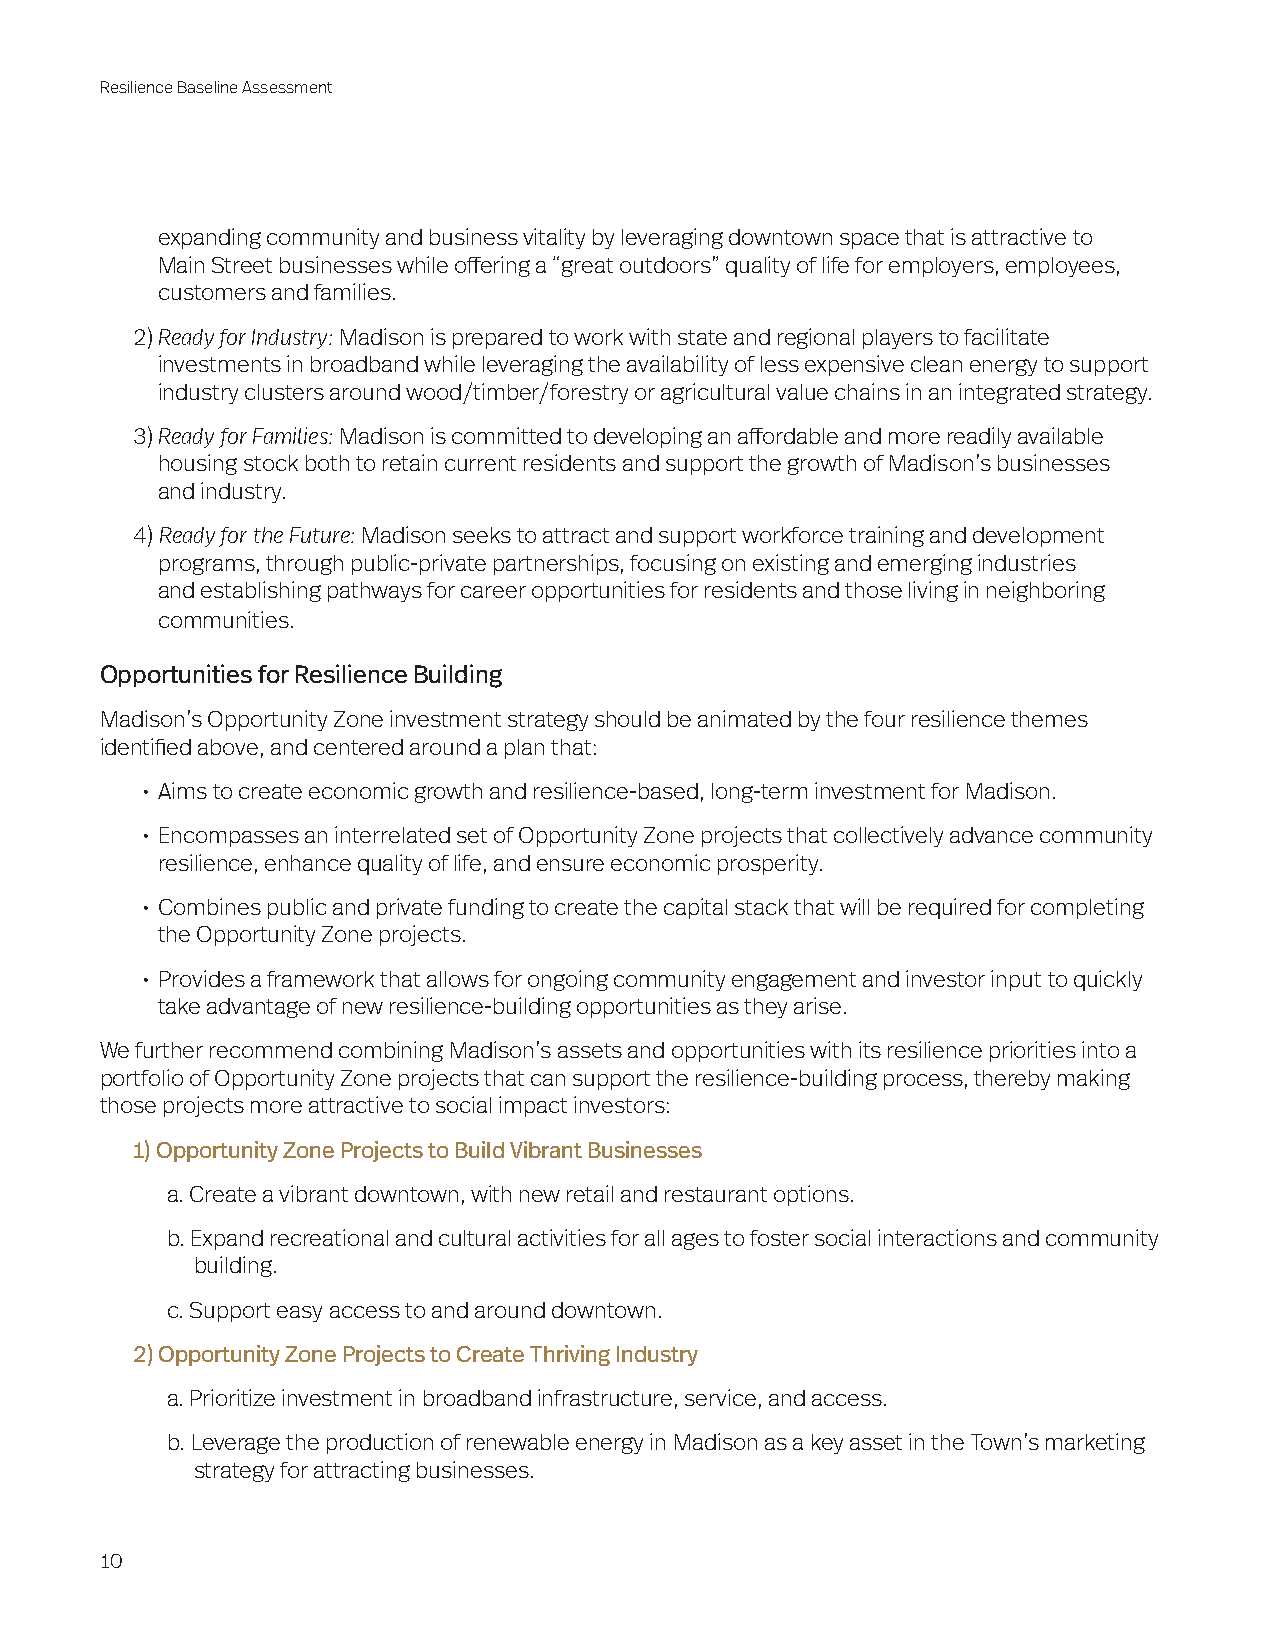
Resilience Baseline Assessment
 expanding community and business vitality by leveraging downtown space that is attractive to
 Main Street businesses while offering a “great outdoors” quality of life for employers, employees,
 customers and families.
 2) Ready for Industry: Madison is prepared to work with state and regional players to facilitate
 investments in broadband while leveraging the availability of less expensive clean energy to support
 industry clusters around wood/timber/forestry or agricultural value chains in an integrated strategy.
 3) Ready for Families: Madison is committed to developing an affordable and more readily available
 housing stock both to retain current residents and support the growth of Madison’s businesses
 and industry.
 4) Ready for the Future: Madison seeks to attract and support workforce training and development
 programs, through public-private partnerships, focusing on existing and emerging industries
 and establishing pathways for career opportunities for residents and those living in neighboring
 communities.
 Opportunities for Resilience Building
 Madison’s Opportunity Zone investment strategy should be animated by the four resilience themes
 identified above, and centered around a plan that:
 • Aims to create economic growth and resilience-based, long-term investment for Madison.
 • Encompasses an interrelated set of Opportunity Zone projects that collectively advance community
 resilience, enhance quality of life, and ensure economic prosperity.
 • Combines public and private funding to create the capital stack that will be required for completing
 the Opportunity Zone projects.
 • Provides a framework that allows for ongoing community engagement and investor input to quickly
 take advantage of new resilience-building opportunities as they arise.
 We further recommend combining Madison’s assets and opportunities with its resilience priorities into a
 portfolio of Opportunity Zone projects that can support the resilience-building process, thereby making
 those projects more attractive to social impact investors:
 1) Opportunity Zone Projects to Build Vibrant Businesses
 a. Create a vibrant downtown, with new retail and restaurant options.
 b. Expand recreational and cultural activities for all ages to foster social interactions and community
 building.
 c. Support easy access to and around downtown.
 2) Opportunity Zone Projects to Create Thriving Industry
 a. Prioritize investment in broadband infrastructure, service, and access.
 b. Leverage the production of renewable energy in Madison as a key asset in the Town’s marketing
 strategy for attracting businesses.
 10